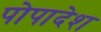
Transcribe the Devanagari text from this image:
पोपादेश